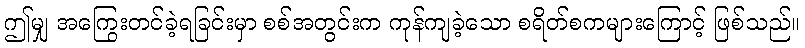
ဤမျှ အကြွေးတင်ခဲ့ရခြင်းမှာ စစ်အတွင်းက ကုန်ကျခဲ့သော စရိတ်စကများကြောင့် ဖြစ်သည်။